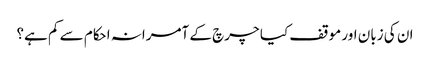
ان کی زبان اور موقف کیا چرچ کے آمرانہ احکام سے کم ہے؟